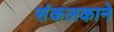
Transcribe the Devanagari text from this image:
संकलकाने